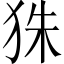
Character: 𤝹